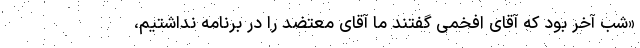
«شب آخر بود که آقای افخمی گفتند ما آقای معتضد را در برنامه نداشتیم،